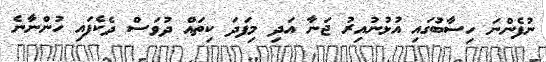
ނުފެންނަ ހިސާބުގައި އުޅުނުއިރު ޖަނާ އަދި މިފަދަ ކިތައް ދުވަސް ދެކެފައި ހުންނާނެ